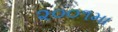
૨૦૦૧મા